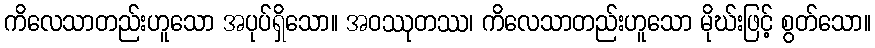
ကိလေသာတည်းဟူသော အပုပ်ရှိသော။ အဝဿုတဿ၊ ကိလေသာတည်းဟူသော မိုဃ်းဖြင့် စွတ်သော။